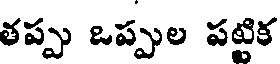
తప్పు ఒప్పుల పట్టిక